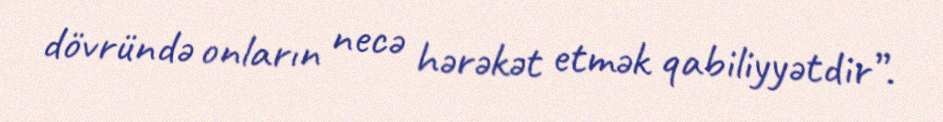
dövründə onların necə hərəkət etmək qabiliyyətdir”.